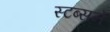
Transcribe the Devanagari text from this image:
स्टब्सने